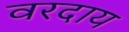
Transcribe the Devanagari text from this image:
वरदाय